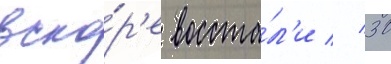
вско́р'е восста́л'и // 30